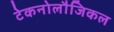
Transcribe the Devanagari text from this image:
टेकनोलौजिकल